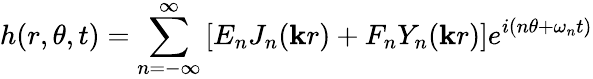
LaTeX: h(r,\theta,t)=\sum_{n=-\infty}^{\infty}\left[E_{n}J_{n}(\mathbf{k}r)+F_{n}Y_{n}(\mathbf{k}r)\right]e^{i(n\theta+\omega_{n}t)}